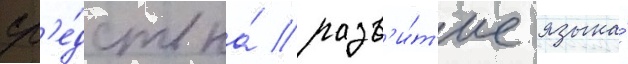
ср'е́дств на́ разв'и́т'ие языка́